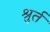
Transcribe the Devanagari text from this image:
श्रुर्त